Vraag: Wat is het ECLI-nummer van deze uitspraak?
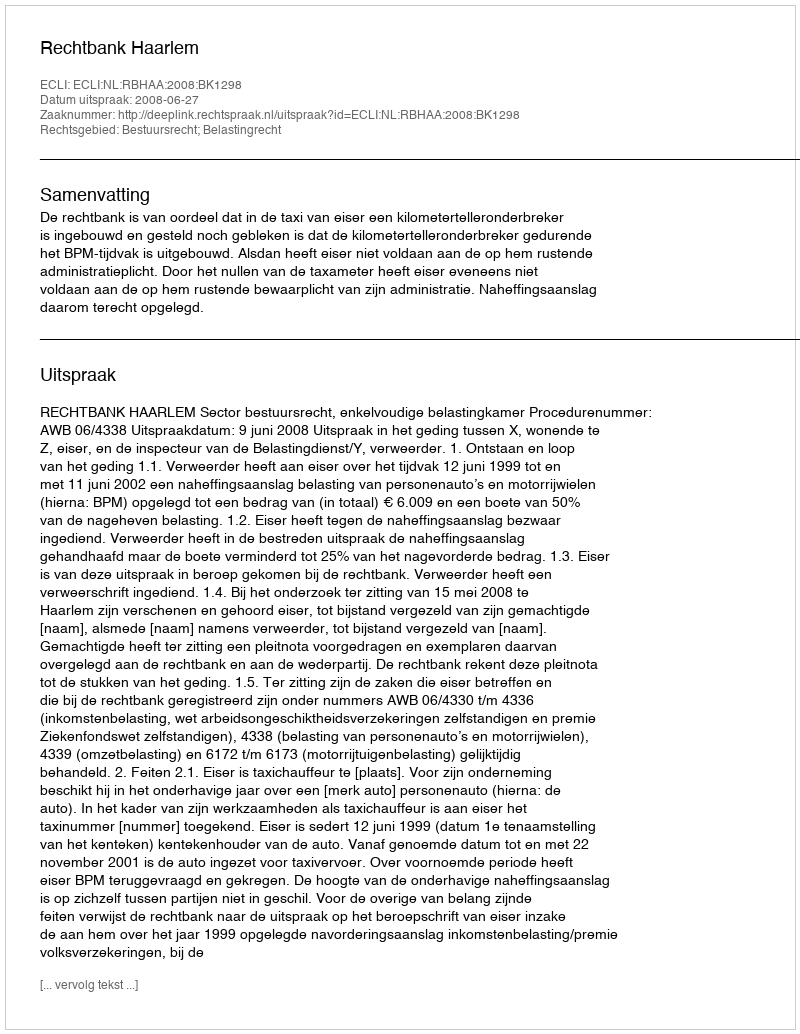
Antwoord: ECLI:NL:RBHAA:2008:BK1298